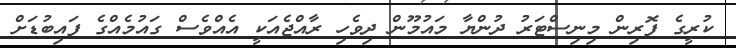
ކުރީގެ ފޮރިން މިނިސްޓަރު ދުންޔާ މައުމޫން ދިވެހި ރާއްޖެއަކީ އެއްވެސް ގައުމެއްގެ ފައިބުޑަށް